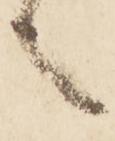
言